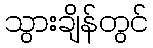
သွားချိန်တွင်